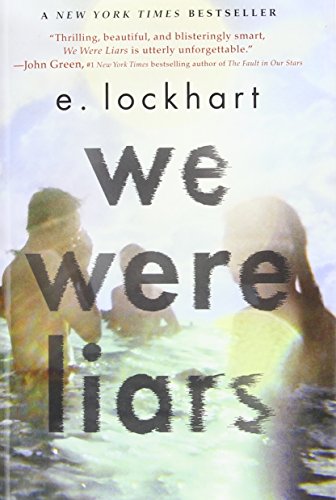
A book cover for We Were Liars; E. Lockhart; Teen & Young Adult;